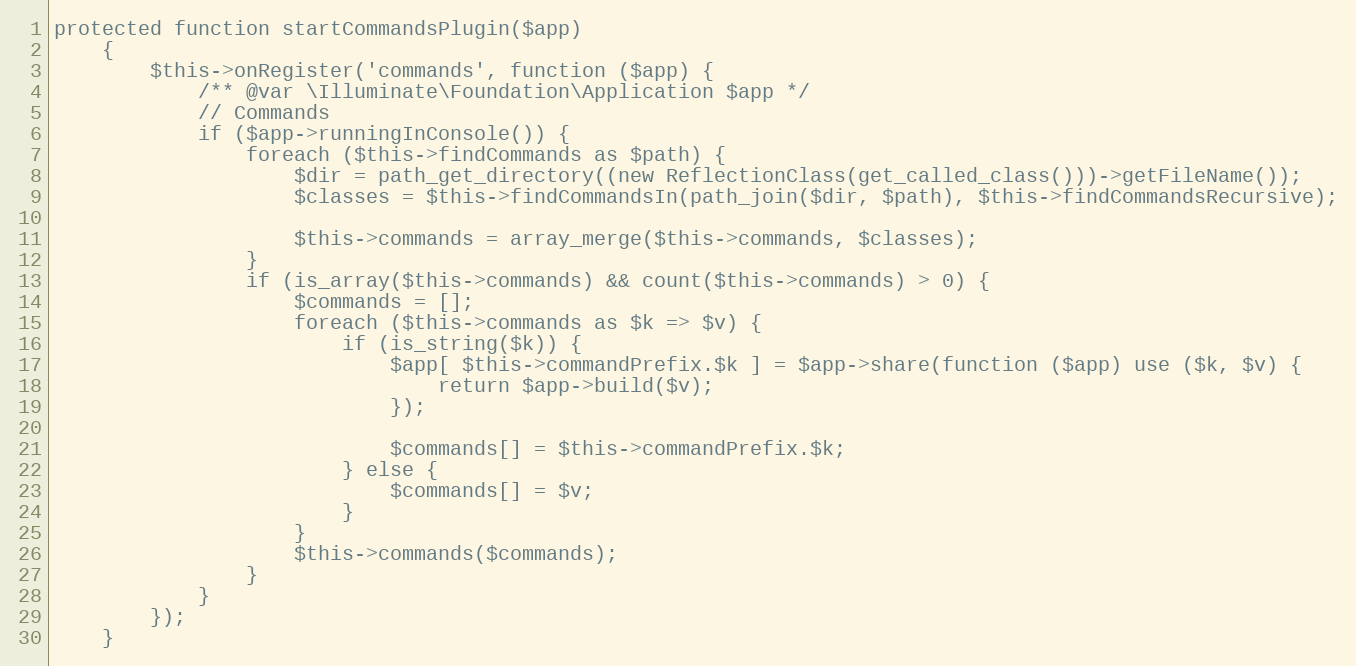
Language: PHP
protected function startCommandsPlugin($app)
    {
        $this->onRegister('commands', function ($app) {
            /** @var \Illuminate\Foundation\Application $app */
            // Commands
            if ($app->runningInConsole()) {
                foreach ($this->findCommands as $path) {
                    $dir = path_get_directory((new ReflectionClass(get_called_class()))->getFileName());
                    $classes = $this->findCommandsIn(path_join($dir, $path), $this->findCommandsRecursive);

                    $this->commands = array_merge($this->commands, $classes);
                }
                if (is_array($this->commands) && count($this->commands) > 0) {
                    $commands = [];
                    foreach ($this->commands as $k => $v) {
                        if (is_string($k)) {
                            $app[ $this->commandPrefix.$k ] = $app->share(function ($app) use ($k, $v) {
                                return $app->build($v);
                            });

                            $commands[] = $this->commandPrefix.$k;
                        } else {
                            $commands[] = $v;
                        }
                    }
                    $this->commands($commands);
                }
            }
        });
    }